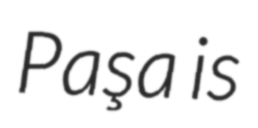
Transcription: Paşa is